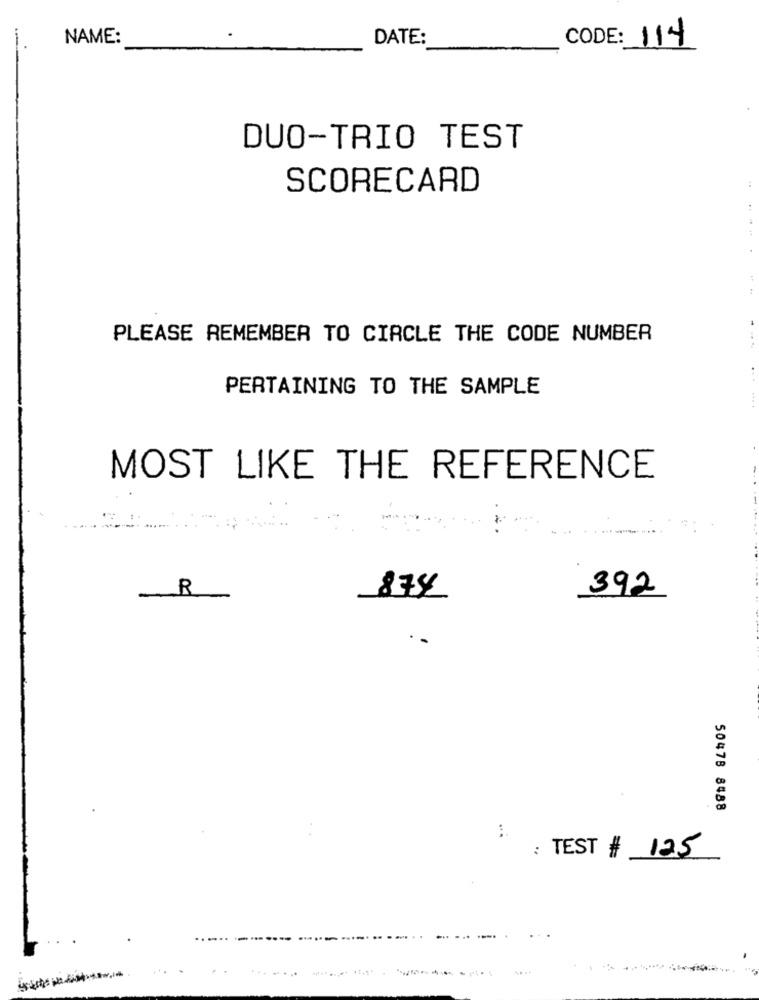
NAME:
DATE:
CODE: 114
DUO-TRIO TEST
SCORECARD
PLEASE REMEMBER TO CIRCLE THE CODE NUMBER
PERTAINING TO THE SAMPLE
MOST LIKE THE REFERENCE
R
874
392
50478 8488
: TEST # 125